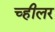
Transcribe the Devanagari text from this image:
च्हीलर